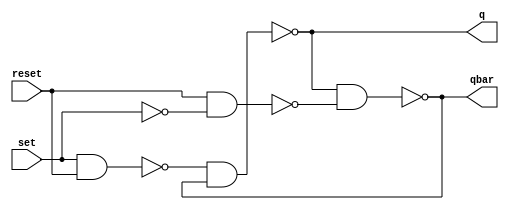
// ---------------------
// Guia 1003 - Implementar um latch D com portas NAND, 
//     PRESET e CLEAR.
//
//
// Nome: Luiz Felipe Fonseca
// ---------------------


// --------------------- 
// modules
// ---------------------
module Dlatch (q, qbar, set, reset);
output q, qbar;
input set, reset;
wire w1,w2;
nand NAND1 (w1, set, reset);
nand NAND2 (w2, reset, ~set);
nand NAND3 (q, w1, qbar);
nand NAND4 (qbar, q, w2);
endmodule

// --------------------- 
// Exercicio1003
// ---------------------

module Exercicio1003;
wire q, qbar;
reg set,reset;

Dlatch latch1 (q, qbar, set, reset);
initial begin
$display ("Luiz Felipe Fonseca - 405817");
$monitor (" q= %b, qbar= %b, set= %b, reset= %b",q, qbar, set, reset);
set = 0; reset = 0;
#1 set = 1; reset = 1; 
#1 set = 0; 
#1 set = 1; reset = 0;
end
endmodule